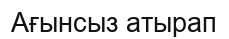
Ағынсыз атырап